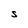
Character: S